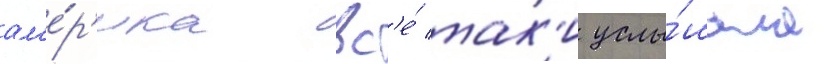
ам'е́р'ика вс'е́ так'и услы́шала